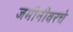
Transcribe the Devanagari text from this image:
जमीनीवरचे